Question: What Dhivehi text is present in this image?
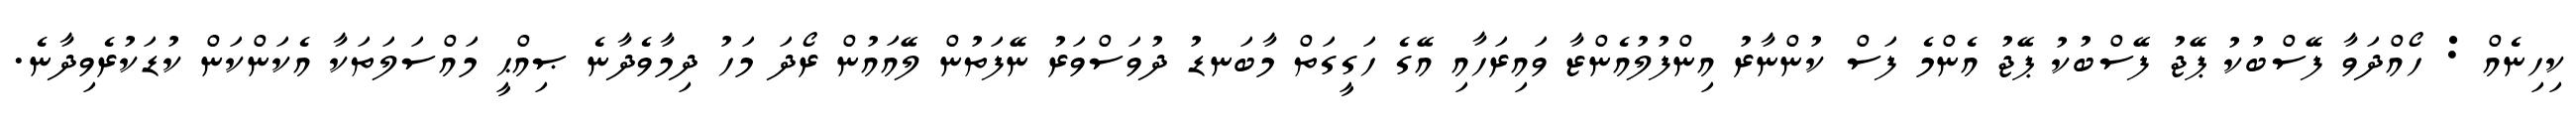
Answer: ކިހިނެއް : ހޯއްދަވާ ފޭސްބުކު ޕޭޖު ފޭސްބުކު ޕޭޖު އެންމެ ފަސް ކުންނާރު އިންފުލުއެންޒާ ވައިރަހާއި އޭގެ ހަގީގަތް މާބަނޑު ދުވަސްވަރު ނޭފަތުން ލޭއައުން ރޯދަ މަހު ދިމާވެދާނެ ޞިއްޙީ މައްސަލަތަކާ އެކަންކަން ކުޑަކުރެވިދާނެ.